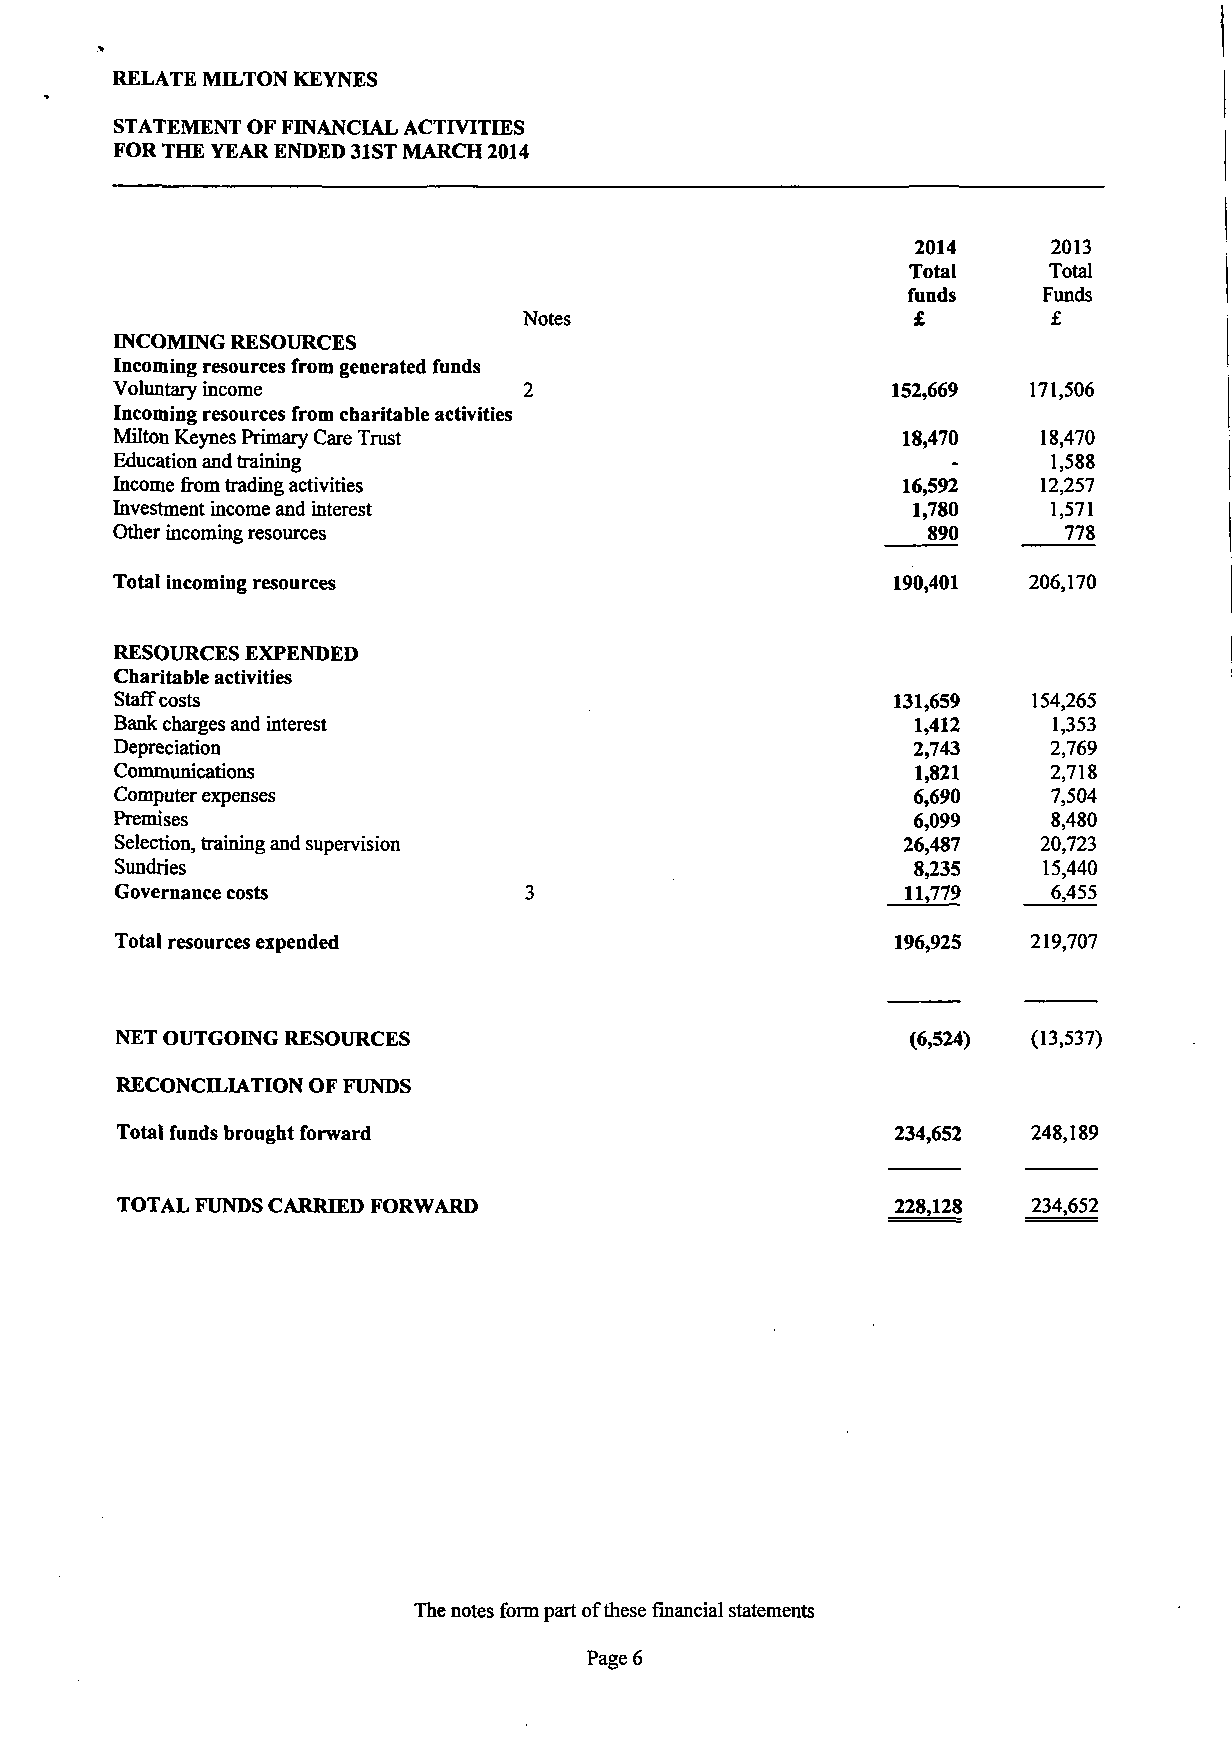
RELATE MILTON KEYNES
 STATEMENT OF FINANCIAL ACTIVITIES
 FOR THE YEAR ENDED 31ST MARCH 2014
 2014     2013
 Total    Total
 funds    Funds
 Notes                     £        £
 INCOMING RESOURCES
 Incoming resources from generated funds
 Voluntary income            2                       152,669   171,506
 Incoming resources from charitable activities
 Milton Keynes Primary Care Trust                    18,470   18,470
 Education and training                                 -      1,588
 Income from trading activities                       16,592   12,257
 Investment income and interest                        1,780    1,571
 Other incoming resources                               890      778
 Total incoming resources                            190,401   206,170
 RESOURCES EXPENDED
 Charitable activities
 Staff costs                                        131,659  154,265
 Bank charges and interest                            1,412    1,353
 Depreciation                                        2,743     2,769
 Communications                                       1,821    2,718
 Computer expenses                                    6,690    7,504
 Premises                                             6,099    8,480
 Selection, training and supervision                 26,487   20,723
 Sundries                                             8,235   15,440
 Governance costs           3                        11,779    6,455
 Total resources expended                           196,925  219,707
 NET OUTGOING RESOURCES                              (6,524) (13,537)
 RECONCDUATION OF FUNDS
 Total funds brought forward                        234,652   248,189
 TOTAL FUNDS CARRIED FORWARD                        228,128  234,652
 The notes form part of these financial statements
 Page 6